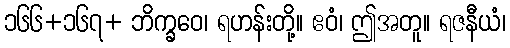
၁၆၆+၁၆၇+ ဘိက္ခဝေ၊ ရဟန်းတို့။ ဧဝံ၊ ဤအတူ။ ရဇနီယံ၊